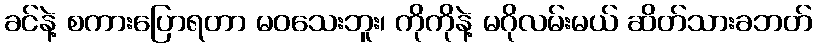
ခင်နဲ့ စကားပြောရတာ မဝသေးဘူး၊ ကိုကိုနဲ့ မဂိုလမ်းမယ် ဆိတ်သားခဘတ်